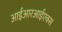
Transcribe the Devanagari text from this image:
आईआरआईएक्स